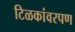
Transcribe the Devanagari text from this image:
टिळकांवरपण